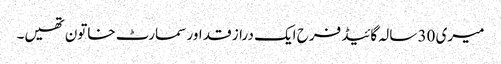
میری 30 سالہ گائیڈ فرح ایک دراز قد اور سمارٹ خاتون تھیں۔